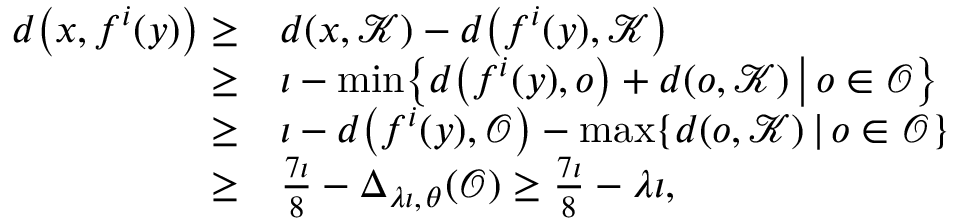
\begin{array} { r l } { d \bigl ( x , f ^ { i } ( y ) \bigr ) \geq } & { d ( x , \mathcal { K } ) - d \bigl ( f ^ { i } ( y ) , \mathcal { K } \bigr ) } \\ { \geq } & { \iota - \operatorname* { m i n } \bigl \{ d \bigl ( f ^ { i } ( y ) , o \bigr ) + d ( o , \mathcal { K } ) \, \big | \, o \in \mathcal { O } \bigr \} } \\ { \geq } & { \iota - d \bigl ( f ^ { i } ( y ) , \mathcal { O } \bigr ) - \operatorname* { m a x } \{ d ( o , \mathcal { K } ) \, | \, o \in \mathcal { O } \} } \\ { \geq } & { \frac { 7 \iota } { 8 } - \Delta _ { \lambda \iota , \, \theta } ( \mathcal { O } ) \geq \frac { 7 \iota } { 8 } - \lambda \iota , } \end{array}